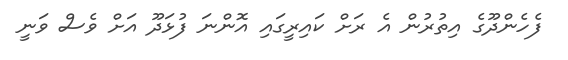
ފެހެންދޫގެ އިތުރުން އެ ރަށް ކައިރީގައި އޮންނަ ފުޅަދޫ އަށް ވެސް ވަނީ